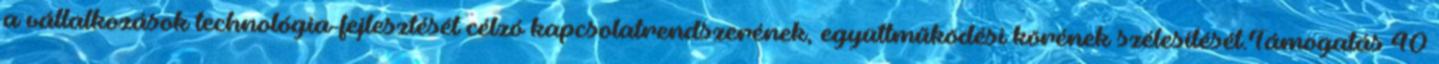
a vállalkozások technológia-fejlesztését célzó kapcsolatrendszerének, együttműködési körének szélesítését.Támogatás 40